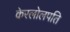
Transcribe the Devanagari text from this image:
केरलोलपति